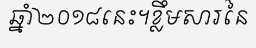
ឆ្នាំ២០១៨នេះ។ខ្លឹមសារនៃ